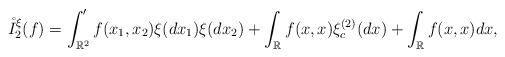
LaTeX: \begin{align*}\mathring{I}_2^{\xi}(f)=\int_{\mathbb{R}^2}'f(x_1,x_2)\xi(dx_1)\xi(dx_2)+\int_{\mathbb{R}}f(x,x)\xi^{(2)}_c(dx) + \int_{\mathbb{R}}f(x,x)dx,\end{align*}